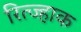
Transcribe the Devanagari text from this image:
रित्ज्हाक